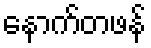
နောက်တဖန်